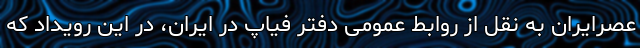
عصرایران به نقل از روابط عمومی دفتر فیاپ در ایران، در این رویداد که